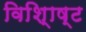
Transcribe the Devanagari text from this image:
विशि्ाष्ट